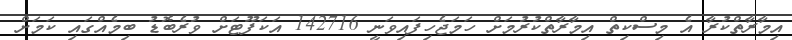
އިމާރާތްކުރާ އެ މިސްކިތް އިމާރާތްކުރުމަށް ހަމަޖެހިފައިވަނީ 142716 އަކަފޫޓަށް ވުރެބޮޑު ބިމެއްގައި ކަމަށް